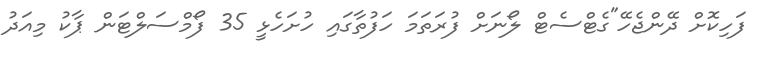
ފަހިކޮށް ދޭންޖެހޭ"ގެޓްސެޓް ލޯނަށް ފުރަތަމަ ހަފުތާގައި ހުށަހެޅީ 35 ފޯމްސަލްޓަން ޕާކު މިއަދު